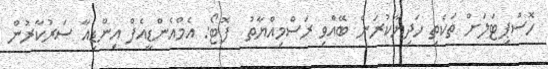
ހޮސްޕިޓަލަށް ތަކެތި ހަދިޔާކުރަން ބޭއްވި ރަސްމިއްޔާތު  ފޮޓޯ: އެމްއެންޑީއެފް އިންޑިއާ ސަރުކާރުން